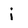
Character: i